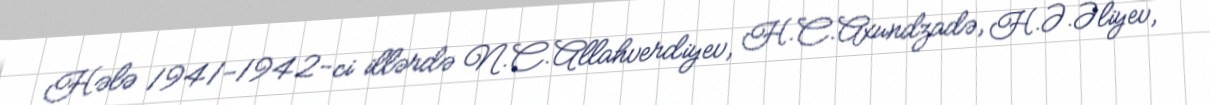
Hələ 1941-1942-ci illərdə N.C.Allahverdiyev, H.C.Axundzadə, H.Ə.Əliyev,